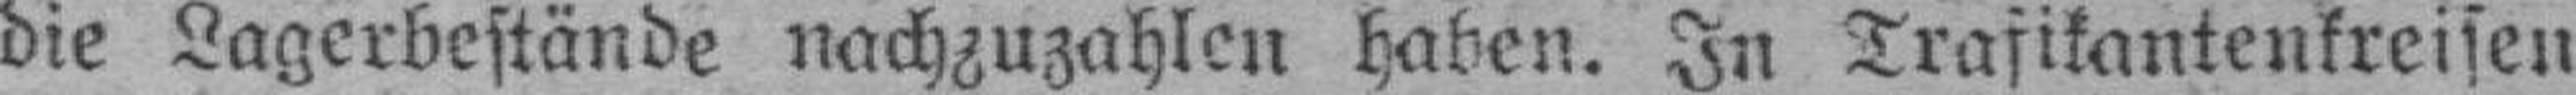
die Lagerbestände nachzuzahlen haben. In Trasikantenkreisen